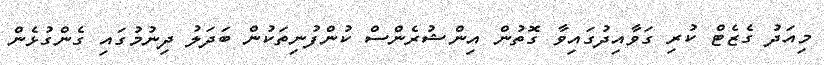
މިއަދު ގެޒެޓް ކުރި ގަވާއިދުގައިވާ ގޮތުން އިންޝުރެންސް ކުންފުނިތަކުން ބަދަލު ދިނުމުގައި ގެންގުޅެން